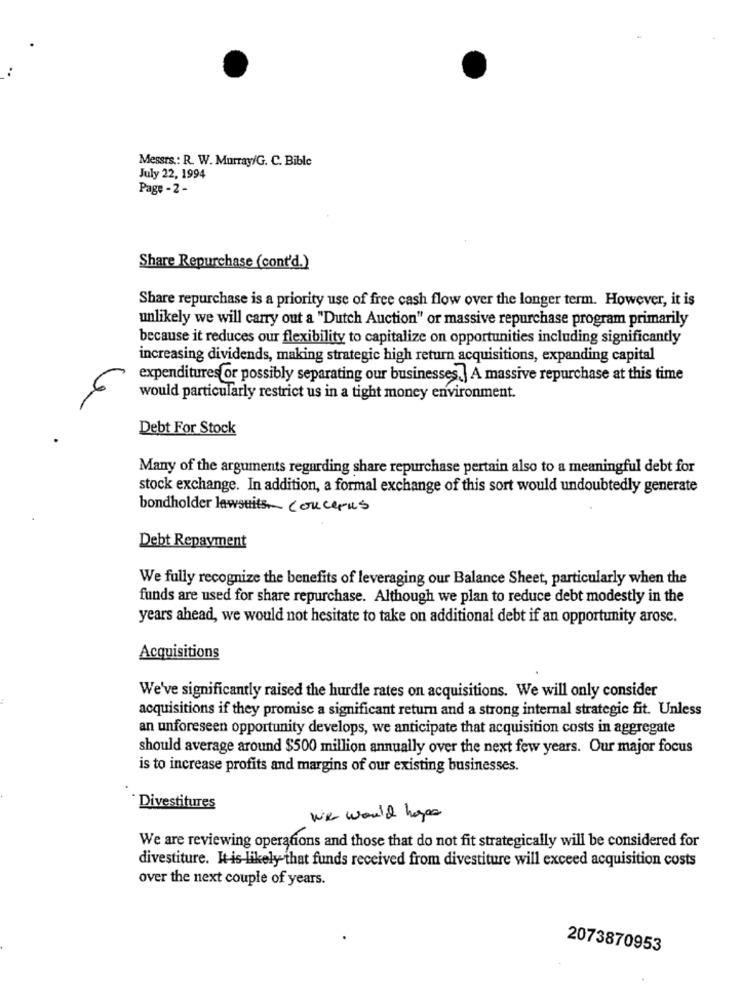
Messrs .: R. W. Murray/G. C. Bible
July 22, 1994
Page - 2 -
Share Repurchase (cont'd.)
Share repurchase is a priority use of free cash flow over the longer term. However, it is
unlikely we will carry out a "Dutch Auction" or massive repurchase program primarily
because it reduces our flexibility to capitalize on opportunities including significantly
increasing dividends, making strategic high return acquisitions, expanding capital
expenditures or possibly separating our businesses | A massive repurchase at this time
would particularly restrict us in a tight money environment.
Debt For Stock
Many of the arguments regarding share repurchase pertain also to a meaningful debt for
stock exchange. In addition, a formal exchange of this sort would undoubtedly generate
bondholder lawsuits. concerns
Debt Repayment
We fully recognize the benefits of leveraging our Balance Sheet, particularly when the
funds are used for share repurchase. Although we plan to reduce debt modestly in the
years ahead, we would not hesitate to take on additional debt if an opportunity arose.
Acquisitions
We've significantly raised the hurdle rates on acquisitions. We will only consider
acquisitions if they promise a significant return and a strong internal strategie fit. Unless
an unforeseen opportunity develops, we anticipate that acquisition costs in aggregate
should average around $500 million annually over the next few years. Our major focus
is to increase profits and margins of our existing businesses.
Divestitures
We would hope
We are reviewing operations and those that do not fit strategically will be considered for
divestiture. It is-likely that funds received from divestiture will exceed acquisition costs
over the next couple of years.
2073870953